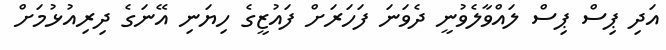
އަދި ޕިސް ޕިސް ލައްވާލެވުނީ ދެވަނަ ފަހަރަށް ފައުޒީގެ ހިޔަނި އޭނަގެ ދިރިއުޅުމަށް